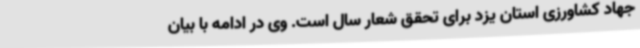
جهاد کشاورزی استان یزد برای تحقق شعار سال است. وی در ادامه با بیان